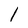
Character: 1